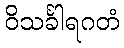
ဝိသင်္ခါရဂတံ